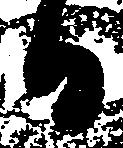
日